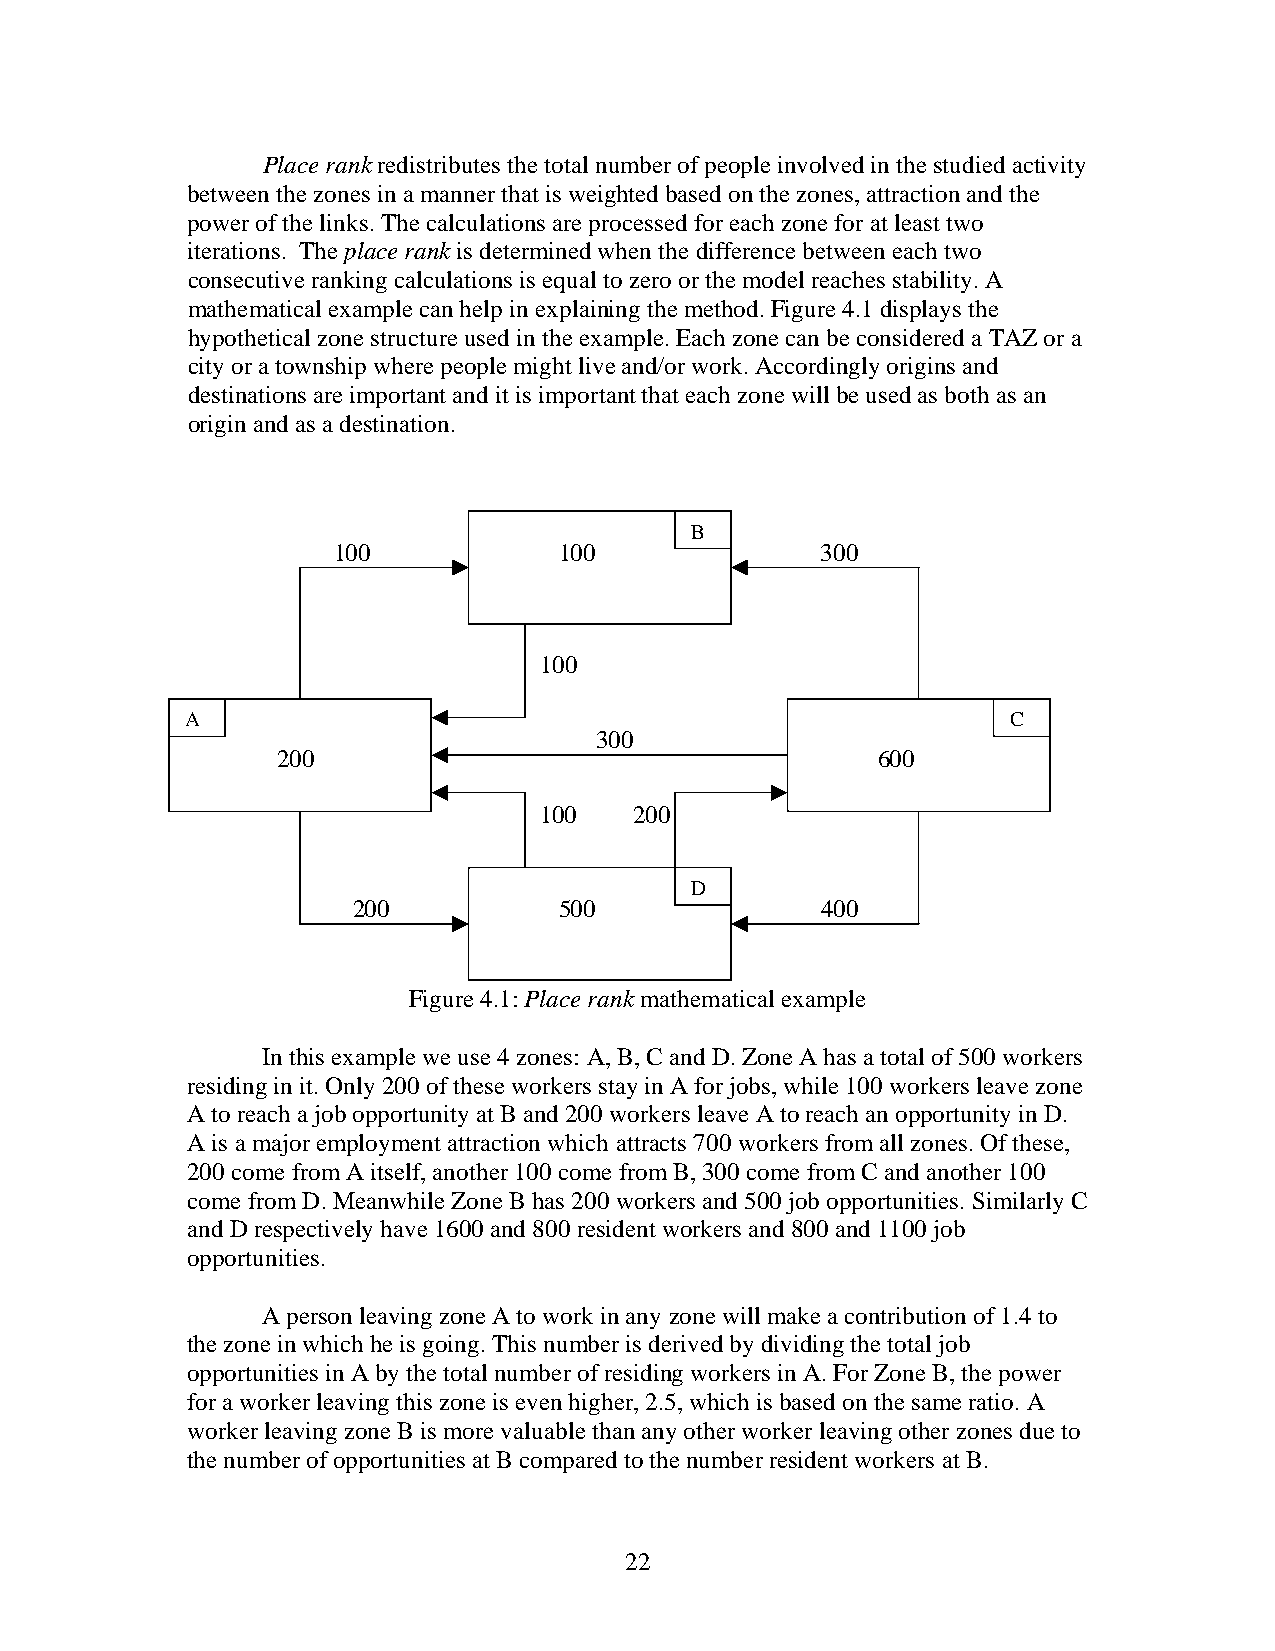
Place rank redistributes the total number of people involved in the studied activity
 between the zones in a manner that is weighted based on the zones, attraction and the
 power of the links. The calculations are processed for each zone for at least two
 iterations. The place rank is determined when the difference between each two
 consecutive ranking calculations is equal to zero or the model reaches stability. A
 mathematical example can help in explaining the method. Figure 4.1 displays the
 hypothetical zone structure used in the example. Each zone can be considered a TAZ or a
 city or a township where people might live and/or work. Accordingly origins and
 destinations are important and it is important that each zone will be used as both as an
 origin and as a destination.
 B
 100            100              300
 100
 A                                                      C
 300
 200                                     600
 100   200
 D
 200           500              400
 Figure 4.1: Place rank mathematical example
 In this example we use 4 zones: A, B, C and D. Zone A has a total of 500 workers
 residing in it. Only 200 of these workers stay in A for jobs, while 100 workers leave zone
 A to reach a job opportunity at B and 200 workers leave A to reach an opportunity in D.
 A is a major employment attraction which attracts 700 workers from all zones. Of these,
 200 come from A itself, another 100 come from B, 300 come from C and another 100
 come from D. Meanwhile Zone B has 200 workers and 500 job opportunities. Similarly C
 and D respectively have 1600 and 800 resident workers and 800 and 1100 job
 opportunities.
 A person leaving zone A to work in any zone will make a contribution of 1.4 to
 the zone in which he is going. This number is derived by dividing the total job
 opportunities in A by the total number of residing workers in A. For Zone B, the power
 for a worker leaving this zone is even higher, 2.5, which is based on the same ratio. A
 worker leaving zone B is more valuable than any other worker leaving other zones due to
 the number of opportunities at B compared to the number resident workers at B.
 22